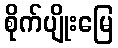
စိုက်ပျိုးမြေ